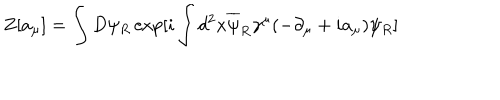
LaTeX: Z [ a _ { \mu } ] = \int D \psi _ { R } \exp [ i \int d ^ { 2 } x \overline { { { \psi } } } _ { R } \gamma ^ { \mu } ( - \partial _ { \mu } + i a _ { \mu } ) \psi _ { R } ]